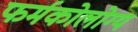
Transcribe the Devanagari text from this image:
फर्मकोलोग्य